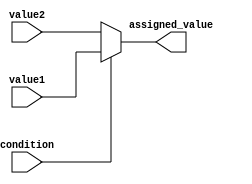
module conditional_assignment(
    input condition,
    input value1,
    input value2,
    output assigned_value
);

    assign assigned_value = (condition) ? value1 : value2;

endmodule